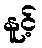
နူင့်